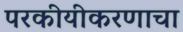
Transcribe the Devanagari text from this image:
परकीयीकरणाचा